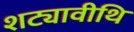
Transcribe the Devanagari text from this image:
शट्यावीथि